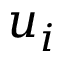
u _ { i }